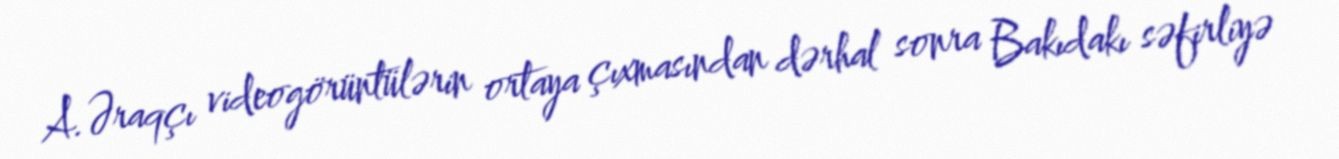
A.Əraqçı videogörüntülərin ortaya çıxmasından dərhal sonra Bakıdakı səfirliyə